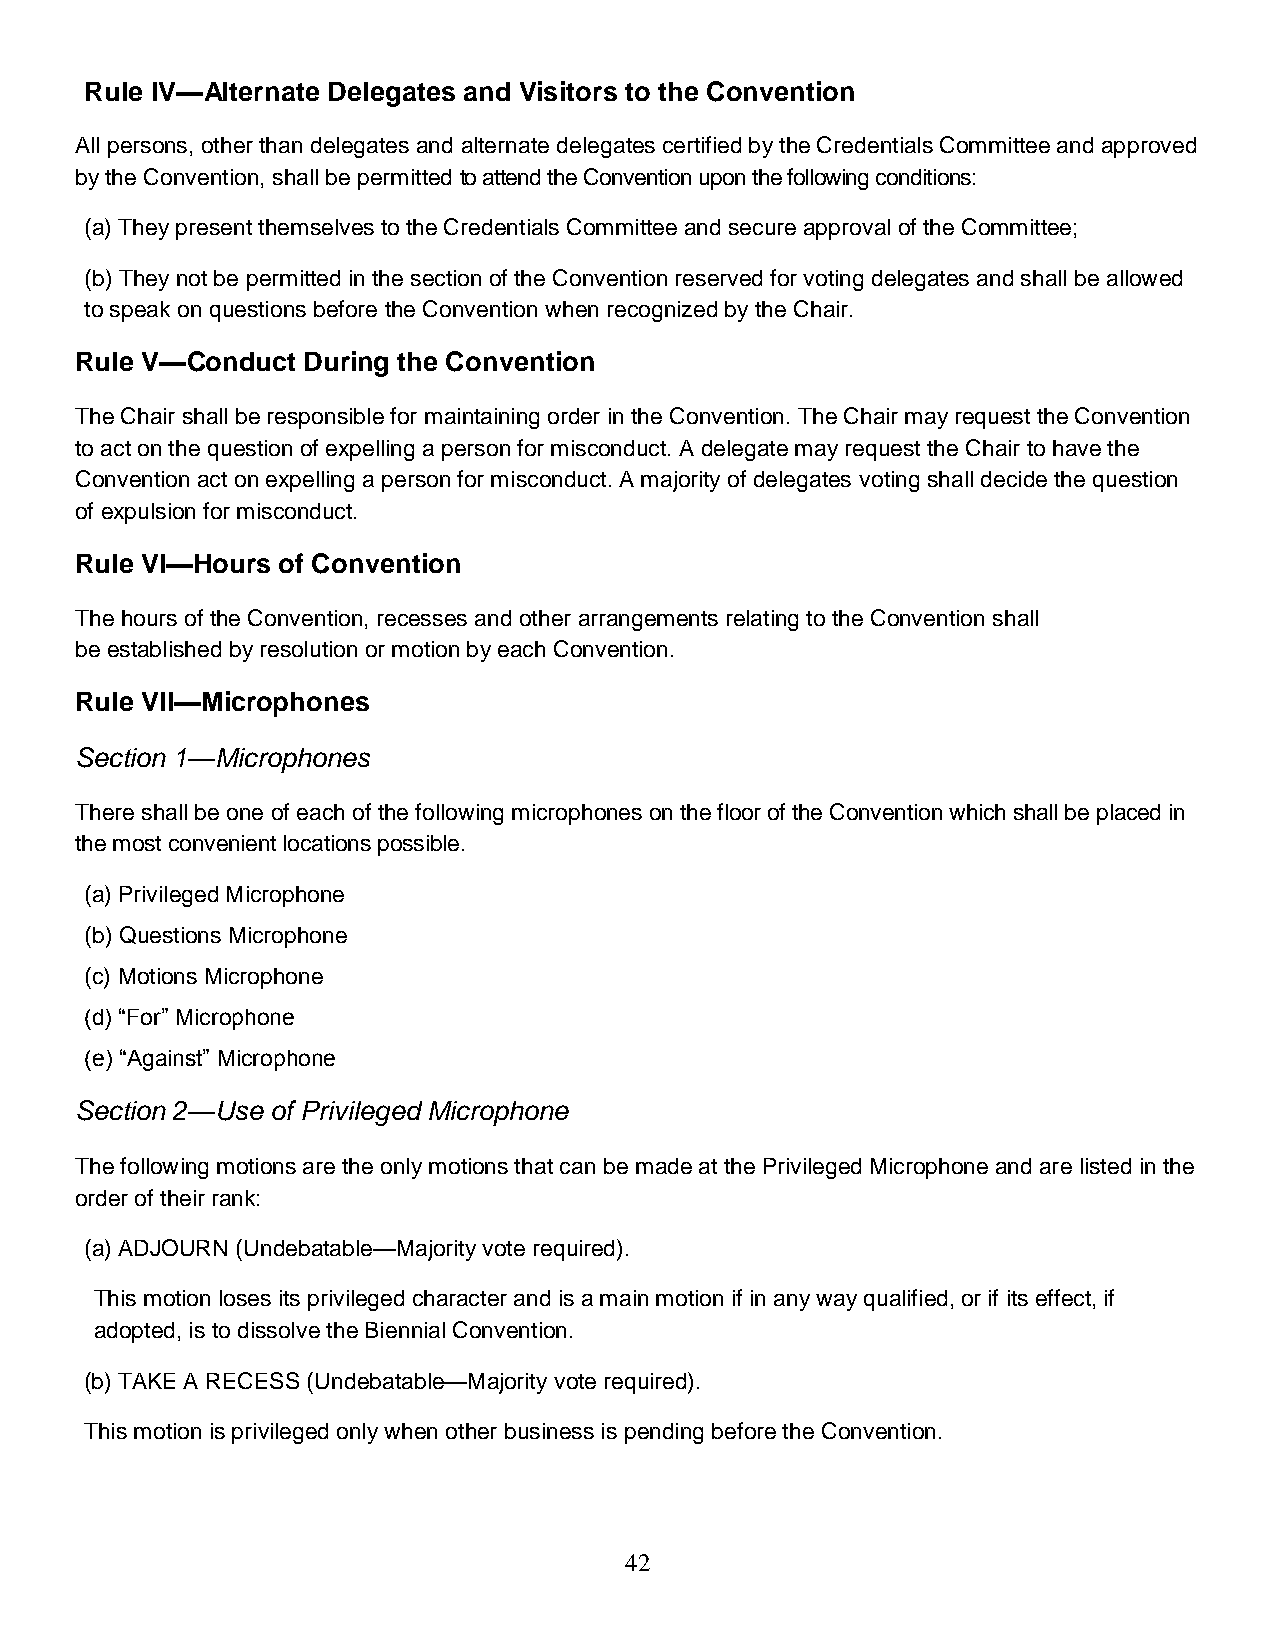
Rule IV—Alternate Delegates and Visitors to the Convention
 All persons, other than delegates and alternate delegates certified by the Credentials Committee and approved
 by the Convention, shall be permitted to attend the Convention upon the following conditions:
 (a) They present themselves to the Credentials Committee and secure approval of the Committee;
 (b) They not be permitted in the section of the Convention reserved for voting delegates and shall be allowed
 to speak on questions before the Convention when recognized by the Chair.
 Rule V—Conduct During the Convention
 The Chair shall be responsible for maintaining order in the Convention. The Chair may request the Convention
 to act on the question of expelling a person for misconduct. A delegate may request the Chair to have the
 Convention act on expelling a person for misconduct. A majority of delegates voting shall decide the question
 of expulsion for misconduct.
 Rule VI—Hours of Convention
 The hours of the Convention, recesses and other arrangements relating to the Convention shall
 be established by resolution or motion by each Convention.
 Rule Vll—Microphones
 Section 1—Microphones
 There shall be one of each of the following microphones on the floor of the Convention which shall be placed in
 the most convenient locations possible.
 (a) Privileged Microphone
 (b) Questions Microphone
 (c) Motions Microphone
 (d) “For” Microphone
 (e) “Against” Microphone
 Section 2—Use of Privileged Microphone
 The following motions are the only motions that can be made at the Privileged Microphone and are listed in the
 order of their rank:
 (a) ADJOURN (Undebatable—Majority vote required).
 This motion loses its privileged character and is a main motion if in any way qualified, or if its effect, if
 adopted, is to dissolve the Biennial Convention.
 (b) TAKE A RECESS (Undebatable—Majority vote required).
 This motion is privileged only when other business is pending before the Convention.
 42